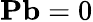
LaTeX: \mathbf P\mathbf b=0